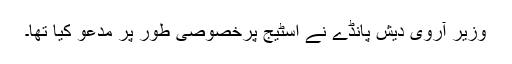
وزیر آروی دیش پانڈے نے اسٹیج پرخصوصی طور پر مدعو کیا تھا۔